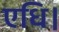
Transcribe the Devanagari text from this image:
एधि।